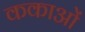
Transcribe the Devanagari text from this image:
ककाओं